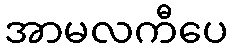
အာမလကီပေ